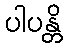
ပါပန္တိ